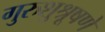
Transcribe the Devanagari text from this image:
गुरुशुश्रूषणे